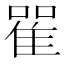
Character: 𨾴